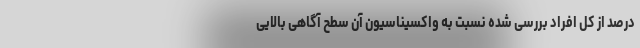
درصد از کل افراد بررسی شده نسبت به واکسیناسیون آن سطح آگاهی بالایی